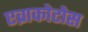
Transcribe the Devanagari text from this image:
एव्राकोटोस